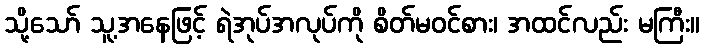
သို့သော် သူ့အနေဖြင့် ရဲအုပ်အလုပ်ကို စိတ်မဝင်စား၊ အထင်လည်း မကြီး။